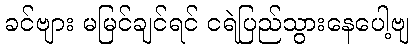
ခင်ဗျား မမြင်ချင်ရင် ငရဲပြည်သွားနေပေါ့ဗျ